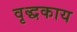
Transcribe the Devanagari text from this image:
वृद्धकाय